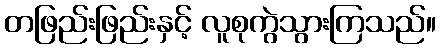
တဖြည်းဖြည်းနှင့် လူစုကွဲသွားကြသည်။